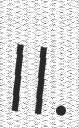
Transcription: II.